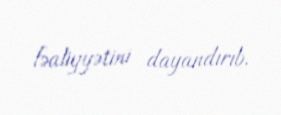
fəaliyyətini dayandırıb.